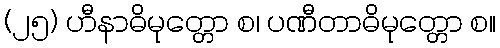
(၂၅) ဟီနာဓိမုတ္တော စ၊ ပဏီတာဓိမုတ္တော စ။